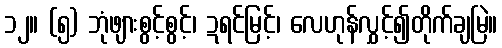
၁၂။ (၅) ဘုံဖျားစွင့်စွင့်၊ ဍရင်မြင့်၊ လေဟုန်လွှင့်၍တိုက်ချမြဲ။